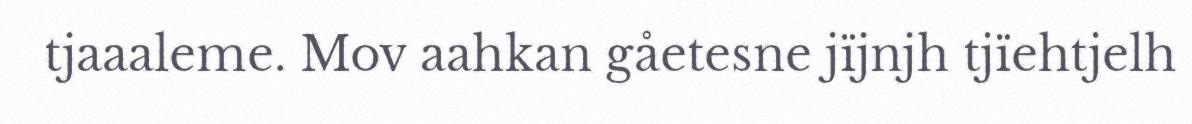
tjaaaleme. Mov aahkan gåetesne jïjnjh tjïehtjelh